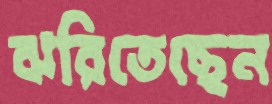
ঝরিতেছেন